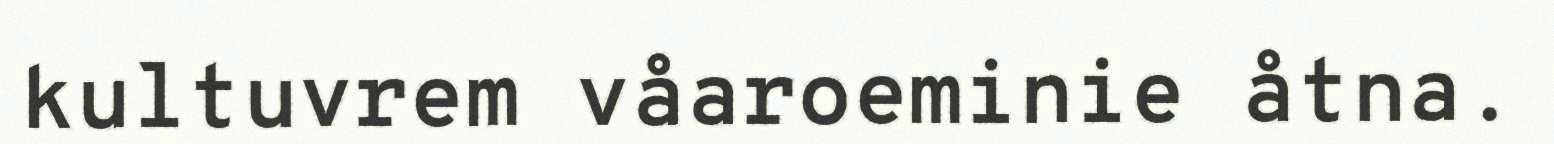
kultuvrem våaroeminie åtna.